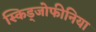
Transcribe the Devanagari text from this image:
स्किड्जोफीनिया